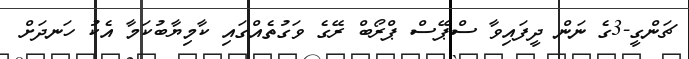
ޗަންގީ-3ގެ ނަން ދީފައިވާ ސްޕޭސް ޕްރޯބް ރޭގެ ވަގުތެއްގައި ކާމިޔާބުކަމާ އެކު ހަނދަށް